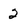
Character: 2